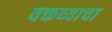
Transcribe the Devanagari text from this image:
वक्तव्याचा